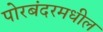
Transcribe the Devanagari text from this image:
पोरबंदरमधील